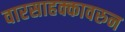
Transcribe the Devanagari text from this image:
वारसाहक्कावरुन